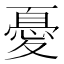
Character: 憂